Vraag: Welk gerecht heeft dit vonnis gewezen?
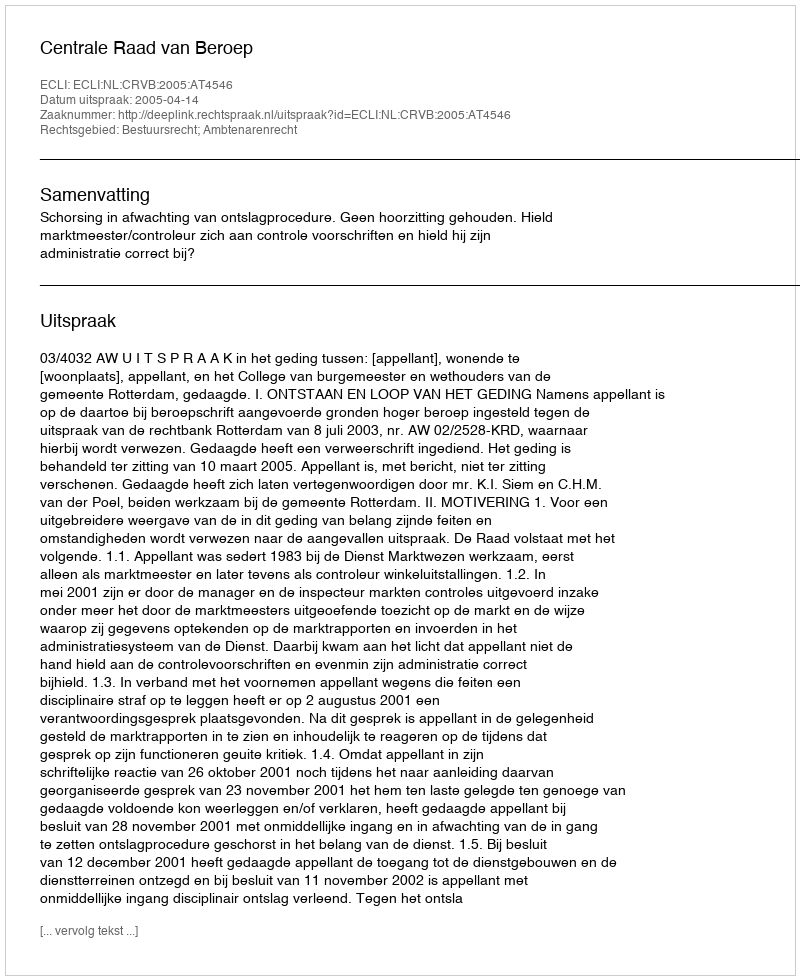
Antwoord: Centrale Raad van Beroep